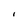
Character: I